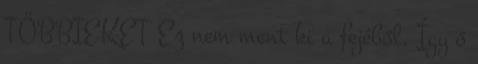
TÖBBIEKET Ez nem ment ki a fejéből. Így ő